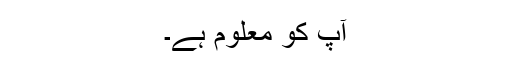
آپ کو معلوم ہے۔